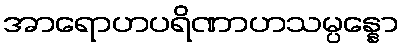
အာရောဟပရိဏာဟသမ္ပန္နော